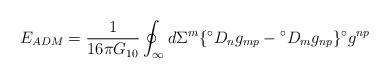
LaTeX: \begin{align*}E_{ADM} = \frac{1}{16 \pi G_{10}} \oint_{\infty} d\Sigma^{m} \lbrace{}^{\circ}D_{n} g_{mp}- {}^{\circ}D_{m} g_{np} \rbrace {}^{\circ}g^{np}\end{align*}